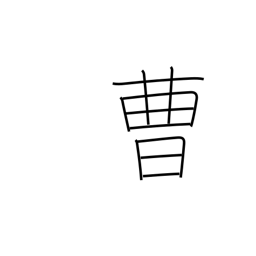
Meaning: office